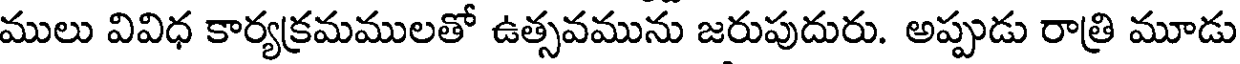
ములు వివిధ కార్యక్రమములతో ఉత్సవమును జరుపుదురు. అప్పుడు రాత్రి మూడు